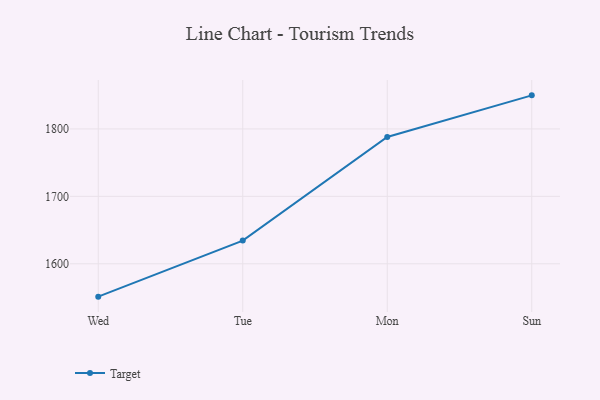
{"axis": {"x": "Day", "y": "Humidity (%)"}, "legend": ["Target"], "data": [{"x": "Wed", "y": 1551.3, "type": "Target"}, {"x": "Tue", "y": 1634.4, "type": "Target"}, {"x": "Mon", "y": 1788.0, "type": "Target"}, {"x": "Sun", "y": 1849.8, "type": "Target"}]}